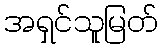
အရှင်သူမြတ်